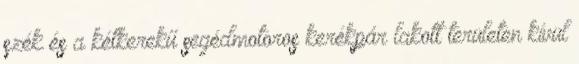
szék és a kétkerekű segédmotoros kerékpár lakott területen kívül